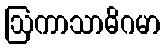
ဩကာသာဓိဂမာ